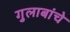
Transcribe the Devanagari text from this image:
गुलाबांचे